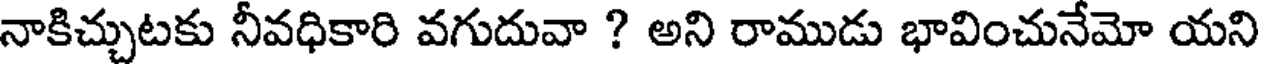
నాకిచ్చుటకు నీవధికారి వగుదువా ? అని రాముడు భావించునేమో యని